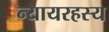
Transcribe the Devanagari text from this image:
न्यायरहस्य